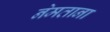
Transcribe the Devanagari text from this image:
नेमताना